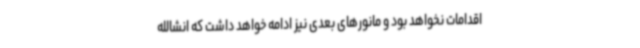
اقدامات نخواهد بود و مانورهای بعدی نیز ادامه خواهد داشت که انشالله